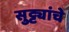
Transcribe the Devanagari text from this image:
सुट्ट्यांचे